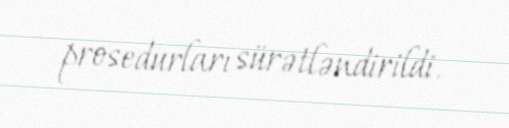
prosedurları sürətləndirildi.